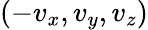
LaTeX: (-v_{x},v_{y},v_{z})